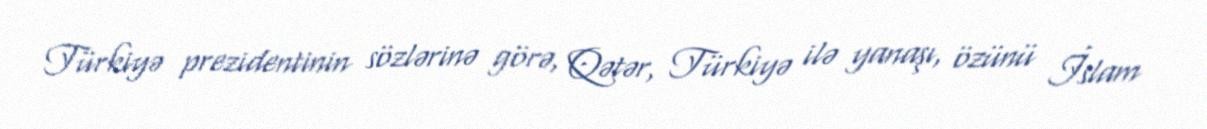
Türkiyə prezidentinin sözlərinə görə, Qətər, Türkiyə ilə yanaşı, özünü İslam